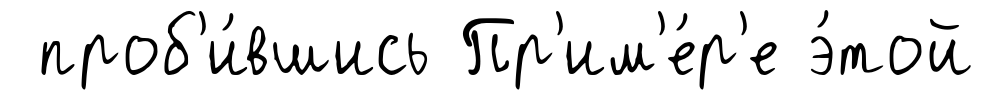
проб'и́вшись Пр'им'е́р'е э́той